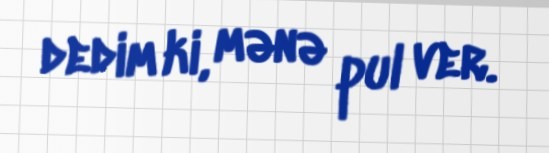
dedim ki, mənə pul ver.